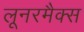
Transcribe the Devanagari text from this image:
लूनरमैक्स